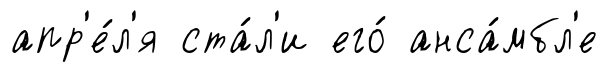
апр'е́л'я ста́л'и его́ анса́мбл'е